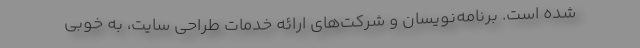
شده است. برنامه‌نویسان و شرکت‌های ارائه خدمات طراحی سایت، به خوبی